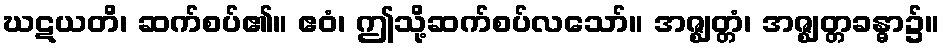
ဃဋယတိ၊ ဆက်စပ်၏။ ဧဝံ၊ ဤသို့ဆက်စပ်လသော်။ အဇ္ဈတ္တံ၊ အဇ္ဈတ္တခန္ဓာ၌။